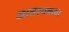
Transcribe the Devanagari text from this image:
आवश्यकथा